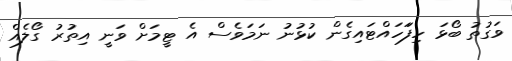
ވަގުތު ބޯޅަ ހިފަަހައްޓައިގެން ކުޅުނު ނަމަވެސް އެ ޓީމަށް ވަނީ އިތުރު ގޯލެއް